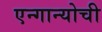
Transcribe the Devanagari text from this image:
एन्गान्योची